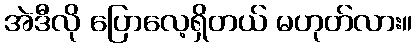
အဲဒီလို ပြောလေ့ရှိတယ် မဟုတ်လား။